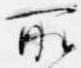
所